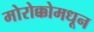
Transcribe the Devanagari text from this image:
मोरोक्कोमधून